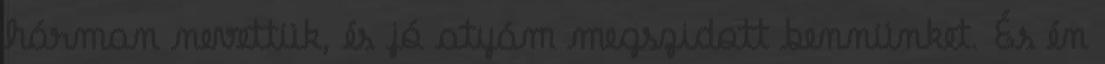
hárman nevettük, és jó atyám megszidott bennünket. És én